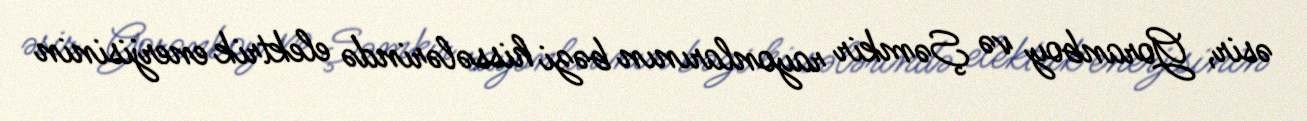
əsir, Goranboy və Şəmkir rayonlarının bəzi hissələrində elektrik enerjisinin